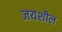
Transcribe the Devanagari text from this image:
जयशील